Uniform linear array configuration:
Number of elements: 4
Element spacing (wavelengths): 0.5
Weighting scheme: binomial
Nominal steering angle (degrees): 0
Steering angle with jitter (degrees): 0.8629
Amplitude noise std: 0.05
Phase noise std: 0.05

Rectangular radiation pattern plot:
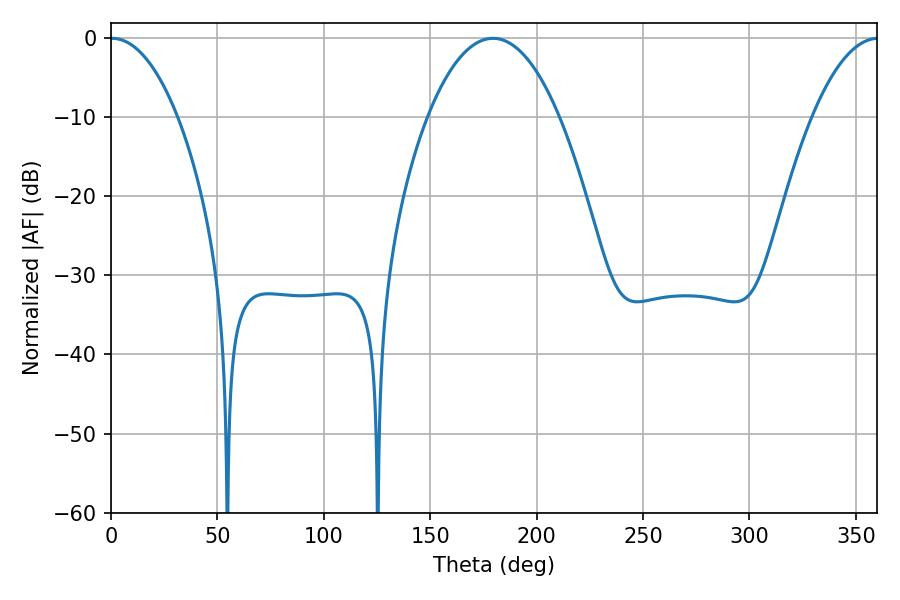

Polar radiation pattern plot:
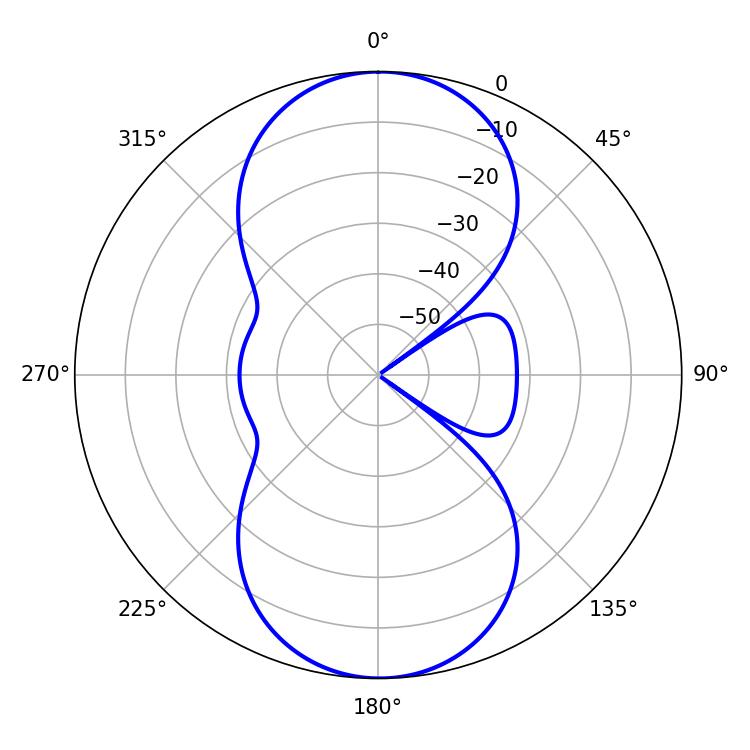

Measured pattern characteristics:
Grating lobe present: FALSE
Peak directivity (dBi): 24.336
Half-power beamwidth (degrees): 17.64
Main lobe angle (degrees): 0.54